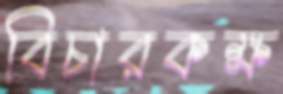
বিচারকক্ষ